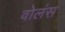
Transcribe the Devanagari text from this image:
वोलंस